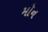
મૉન